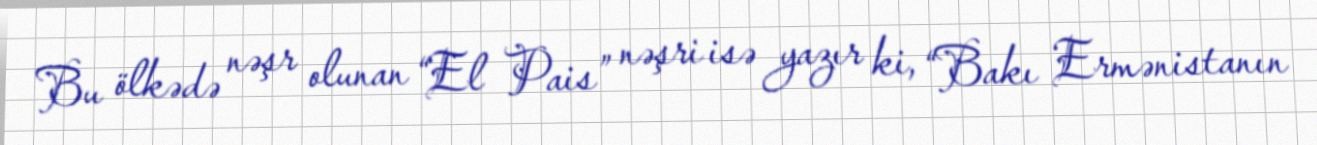
Bu ölkədə nəşr olunan “El Pais” nəşri isə yazır ki, “Bakı Ermənistanın